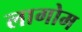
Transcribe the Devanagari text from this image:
लागोम